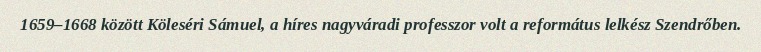
1659–1668 között Köleséri Sámuel, a híres nagyváradi professzor volt a református lelkész Szendrőben.